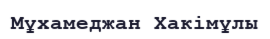
Мұхамеджан Хакімұлы